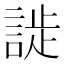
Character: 𬢮